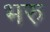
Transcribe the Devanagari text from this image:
भरु